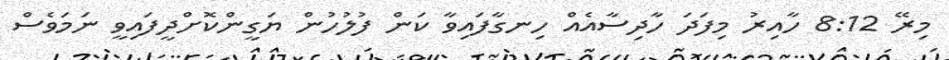
މިރޭ 8:12 ހާއިރު މިފަދަ ހާދިސާއެއް ހިނގާފައިވާ ކަން ފުލުހުން ޔަގީންކޮށްދީފައިވީ ނަމަވެސް